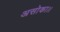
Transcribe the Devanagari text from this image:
असोका।।